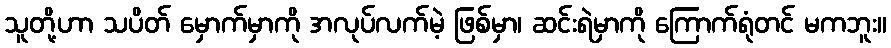
သူတို့ဟာ သပိတ် မှောက်မှာကို အလုပ်လက်မဲ့ ဖြစ်မှာ၊ ဆင်းရဲမှာကို ကြောက်ရုံတင် မကဘူး။